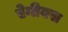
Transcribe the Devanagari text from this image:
ऐनीयस